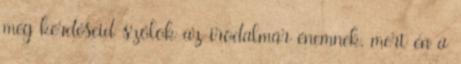
még kérdéseid szólok az irodalmár énemnek, mert én a